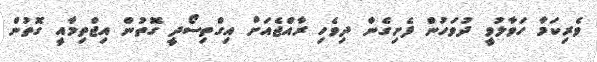
ވެރިކަމާ ހަވާލުވީ ދުވަހުން ފެށިގެން ދިވެހި ރާއްޖެއަށް އިގްތިސޯދީ ގޮތުން އިޖްތިމާއީ ގޮތުން